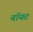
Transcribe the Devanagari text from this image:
नॉयट